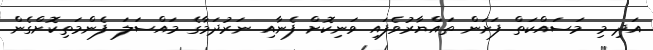
އަދި މި މަސައްކަތް ފަށަން ތައްޔާރުވެފައި ވަނިކޮށް ފެނާއި ނަރުދަމާގެ މައްސަލަ ފެންމަތިކޮށްގެން